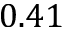
0 . 4 1